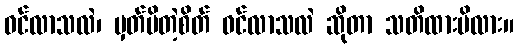
ဝင်လာသလဲ၊ မှတ်မိတဲ့စိတ် ဝင်လာသလဲ ဆိုတာ သတိထားမိလား။